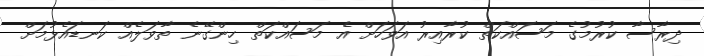
ދިރާސާ ކުރުމުގެ މަސައްކަތް ކުރާއިރު އަވަހަށް އެ މަސައްކަތް ހިންގޭނެ ތާވަލެއް ކަނޑައެޅުމަށް